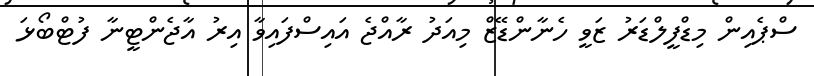
ސްޕެއިން މިޑްފީލްޑަރު ޒަވީ ހެނާންޑޭޒް މިއަދު ރާއްޖެ އައިސްފައިވާ އިރު އާޖެންޓީނާ ފުޓްބޯޅަ